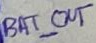
Text: BAT_OUT